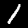
Label: 1